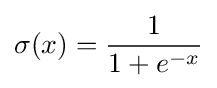
\sigma (x)={\frac {1}{1+e^{-x}}}